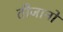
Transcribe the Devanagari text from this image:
तीजानो